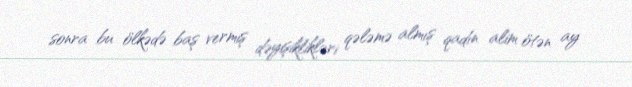
sonra bu ölkədə baş vermiş dəyişiklikləri qələmə almış qadın alim ötən ay